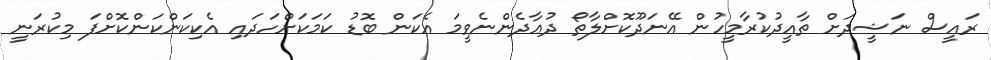
ރައީސް ނަޝީދަށް ތާއީދުކުރާމީހުން އޭނަދޫކޮށްލާތޯ ދުޢާދެންނެވީމަ އެކަން ބޮޑު ކަމަކަށްހަދައި އެކިކަންކަންކޮށްފަ މިކުރަނީ